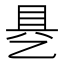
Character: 𰁄